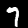
Digit: 7